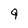
Character: 9